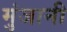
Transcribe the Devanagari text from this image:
मुंजानी